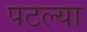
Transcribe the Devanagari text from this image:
पटल्या